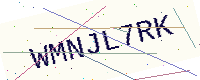
Text: WMNJL7RK